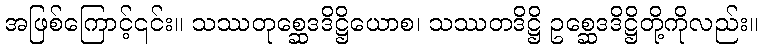
အဖြစ်ကြောင့်၎င်း။ သဿတုစ္ဆေဒဒိဋ္ဌိယောစ၊ သဿတဒိဋ္ဌိ ဥစ္ဆေဒဒိဋ္ဌိတို့ကိုလည်း။